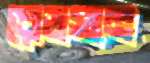
রেডসান